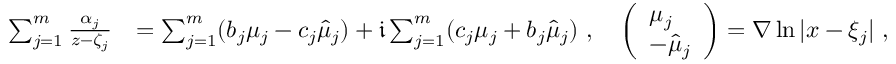
\begin{array} { r l } { \sum _ { j = 1 } ^ { m } \frac { \alpha _ { j } } { z - \zeta _ { j } } } & { = \sum _ { j = 1 } ^ { m } ( b _ { j } \mu _ { j } - c _ { j } \hat { \mu } _ { j } ) + \mathfrak i \sum _ { j = 1 } ^ { m } ( c _ { j } \mu _ { j } + b _ { j } \hat { \mu } _ { j } ) ~ , \quad \left( \begin{array} { l } { \mu _ { j } } \\ { - \hat { \mu } _ { j } } \end{array} \right) = \nabla \ln | x - \xi _ { j } | ~ , } \end{array}